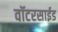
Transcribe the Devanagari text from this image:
वॉटरसाईड